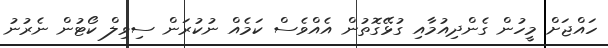
ހައްޖަށް މީހުން ގެންދިއުމާއި ގުޅޭގޮތުން އެއްވެސް ކަމެއް ނުކުރަން ސިވިލް ކޯޓުން ނެރުނު